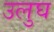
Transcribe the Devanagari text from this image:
उलुघ